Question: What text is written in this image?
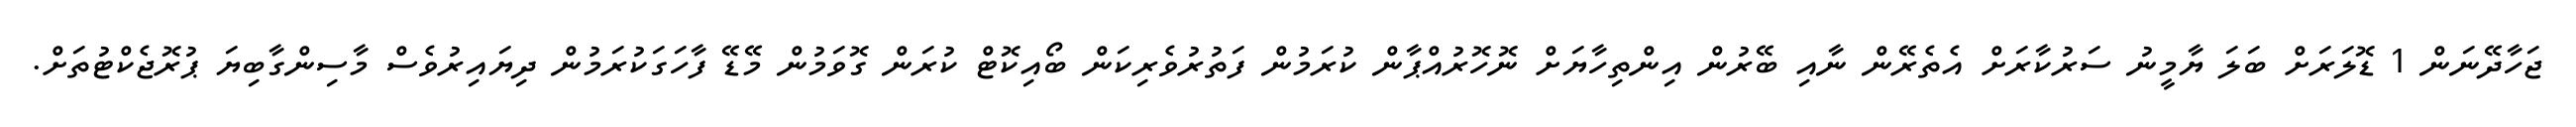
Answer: ޖަހާދޭނަން 1 ޑޮލަރަށް ބަލަ ޔާމީނު ސަރުކާރަށް އެތެރޭން ނާއި ބޭރުން އިންތިހާޔަށް ނޮހޮރުއްޕާން ކުރަމުން ފަތުރުވެރިކަން ބޯއިކޮޓް ކުރަން ގޮވަމުން މޭޑޭ ފާހަގަކުރަމުން ދިޔައިރުވެސް މާސިންގާބިޔަ ޕުރޮޖެކްޓުތަށް.